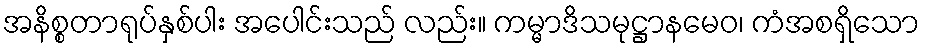
အနိစ္စတာရုပ်နှစ်ပါး အပေါင်းသည် လည်း။ ကမ္မာဒိသမုဋ္ဌာနမေဝ၊ ကံအစရှိသော